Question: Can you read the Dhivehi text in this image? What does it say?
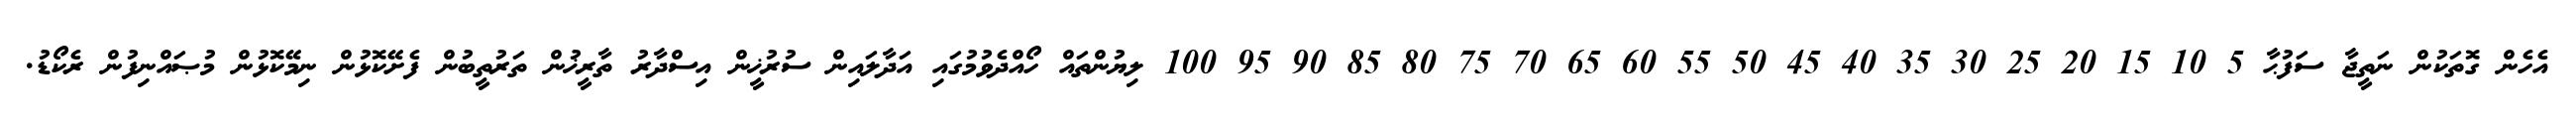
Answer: އެހެން ގޮތަކުން ނަތީޖާ ސަފުޙާ 5 10 15 20 25 30 35 40 45 50 55 60 65 70 75 80 85 90 95 100 ލިޔުންތައް ހޯއްދެވުމުގައި އަދާލައިން ސުރުޚީން އިސްދާރު ތާރީޚުން ތަރުތީބުން ފެށޭކޮޅުން ނިމޭކޮޅުން މުޞައްނިފުން ރެކޯޑު.